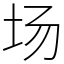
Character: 场